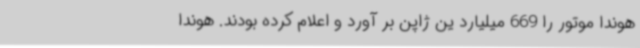
هوندا موتور را 669 میلیارد ین ژاپن بر آورد و اعلام کرده بودند. هوندا